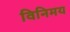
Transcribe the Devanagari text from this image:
विनिमय